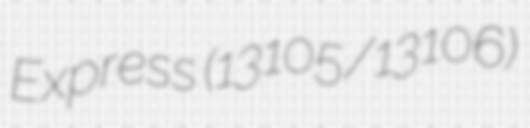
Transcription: Express (13105/13106)